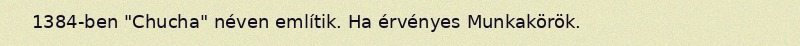
1384-ben "Chucha" néven említik. Ha érvényes Munkakörök.